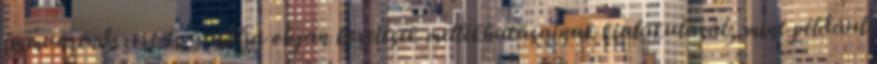
immunrendszert és gátolja olyan kezelések mellékhatásainak kialakulását, mint például